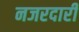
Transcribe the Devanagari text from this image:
नजरदारी